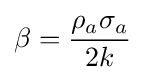
\beta ={\frac {\rho _{a}\sigma _{a}}{2k}}